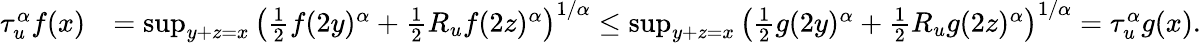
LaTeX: \begin{array}{rl}{\tau_{u}^{\alpha}f(x)}&{=\operatorname*{sup}_{y+z=x}\left(\frac{1}{2}f(2y)^{\alpha}+\frac{1}{2}R_{u}f(2z)^{\alpha}\right)^{1/\alpha}\leq\operatorname*{sup}_{y+z=x}\left(\frac{1}{2}g(2y)^{\alpha}+\frac{1}{2}R_{u}g(2z)^{\alpha}\right)^{1/\alpha}=\tau_{u}^{\alpha}g(x).}\end{array}